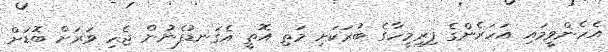
އެހެންވީމައި އަހަރެންގެ ފިރިމީހާގެ ބުރަކަށި މަތި އޮތީ އެގަނޑުފެނުން ޖެހި ވަރަށް ބޮޑަށް